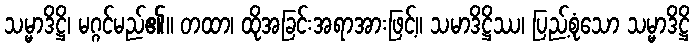
သမ္မာဒိဋ္ဌိ၊ မဂ္ဂင်မည်၏။ တထာ၊ ထိုအခြင်းအရာအားဖြင့်။ သမာဒိဋ္ဌိဿ၊ ပြည့်စုံသော သမ္မာဒိဋ္ဌိ